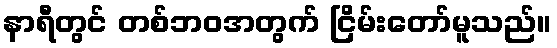
နာရီတွင် တစ်ဘဝအတွက် ငြိမ်းတော်မူသည်။